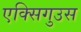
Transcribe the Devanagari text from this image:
एक्सिगुउस